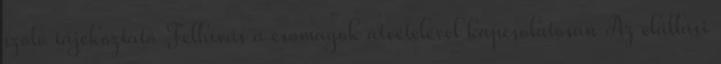
szóló tájékoztató Felhívás a csomagok átvételével kapcsolatosan Az elállási